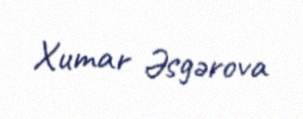
Xumar Əsgərova